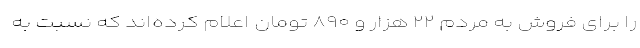
را برای فروش به مردم ۲۲ هزار و ۸۹۰ تومان اعلام کرده‌اند که نسبت به